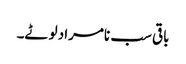
باقی سب نامراد لوٹے۔